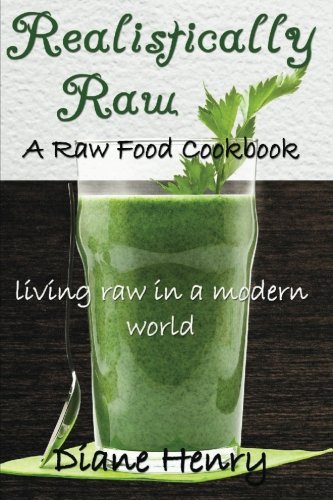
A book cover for Realistically Raw: A Raw Food Cookbook- Living Raw in a Modern World; Diane Henry; Cookbooks, Food & Wine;